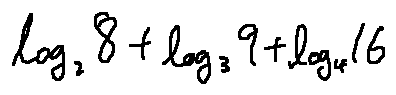
\log _ { 2 } 8 + \log _ { 3 } 9 + \log _ { 4 } 1 6